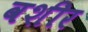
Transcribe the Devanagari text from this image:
वशीर